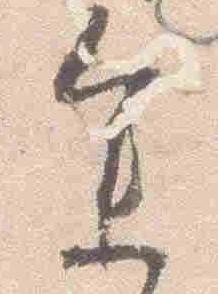
参